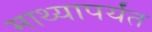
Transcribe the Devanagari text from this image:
माथ्यापर्यंत